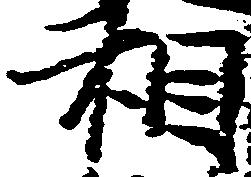
相